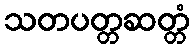
သတပတ္တဆတ္တံ